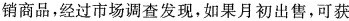
销商品，经过市场调查发现，如果月初出售，可获